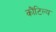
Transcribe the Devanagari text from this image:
कौंटिल्य